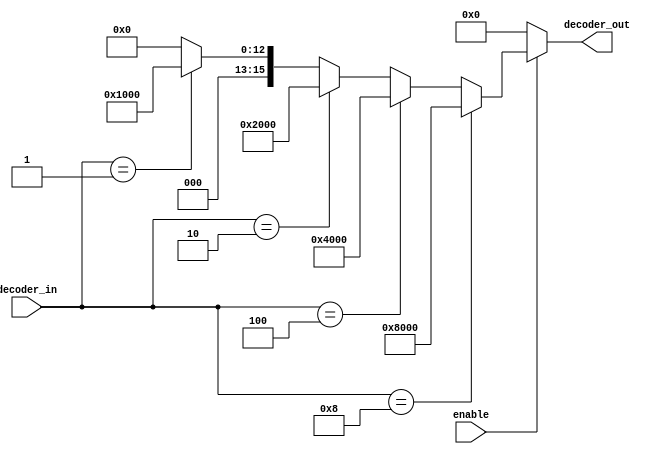
`timescale 1ns/1ps

module decoder_with_if( 
    decoder_in,         // 4-bit binary input
    decoder_out,        // 16-bit output
    enable              // enable signal
    );

input [3:0] decoder_in;
input enable;
output [15:0] decoder_out;

reg [15:0] decoder_out;

always @ (decoder_in or enable)
begin
    decoder_out = 0;
    if (enable) begin

        if (decoder_in == 4'b0001) begin
            decoder_out = 16'h0001;
        end if (decoder_in == 4'b0010) begin
            decoder_out = 16'h0002;
        end if (decoder_in == 4'b0100) begin
            decoder_out = 16'h0004;
        end if (decoder_in == 4'b1000) begin
            decoder_out = 16'h0008;
        end if (decoder_in == 4'b0001) begin
            decoder_out = 16'h0010;
        end if (decoder_in == 4'b0010) begin
            decoder_out = 16'h0020;
        end if (decoder_in == 4'b0100) begin
            decoder_out = 16'h0040;
        end if (decoder_in == 4'b1000) begin
            decoder_out = 16'h0080;
        end if (decoder_in == 4'b0001) begin
            decoder_out = 16'h0100;
        end if (decoder_in == 4'b0010) begin
            decoder_out = 16'h0200;
        end if (decoder_in == 4'b0100) begin
            decoder_out = 16'h0400;
        end if (decoder_in == 4'b1000) begin
            decoder_out = 16'h0800;
        end if (decoder_in == 4'b0001) begin
            decoder_out = 16'h1000;
        end if (decoder_in == 4'b0010) begin
            decoder_out = 16'h2000;
        end if (decoder_in == 4'b0100) begin
            decoder_out = 16'h4000;
        end if (decoder_in == 4'b1000) begin
            decoder_out = 16'h8000;
        end
    end
end
endmodule




`timescale 1ns/1ps
module decoder_with_case( 
    binary_in,         // 4-bit binary input
    decoder_out,        // 16-bit output
    enable              // enable signal
    );

input [3:0] binary_in;
input enable;
output [15:0] decoder_out;

reg [15:0] decoder_out;

always @ (binary_in or enable)
begin
    decoder_out = 0;
    if (enable) begin
        case (binary_in)
            4'h0 : decoder_out = 16'h0001;
            4'h1 : decoder_out = 16'h0002;
            4'h2 : decoder_out = 16'h0004;
            4'h3 : decoder_out = 16'h0008;
            4'h4 : decoder_out = 16'h0010;
            4'h5 : decoder_out = 16'h0020;
            4'h6 : decoder_out = 16'h0040;
            4'h7 : decoder_out = 16'h0080;
            4'h8 : decoder_out = 16'h0100;
            4'h9 : decoder_out = 16'h0200;
            4'ha : decoder_out = 16'h0400;
            4'hb : decoder_out = 16'h0800;
            4'hc : decoder_out = 16'h1000;
            4'hd : decoder_out = 16'h2000;
            4'he : decoder_out = 16'h4000;
            4'hf : decoder_out = 16'h8000;
        endcase
    end
end
endmodule